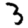
Digit: 3